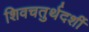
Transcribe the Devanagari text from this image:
शिवचतुर्थदर्शी